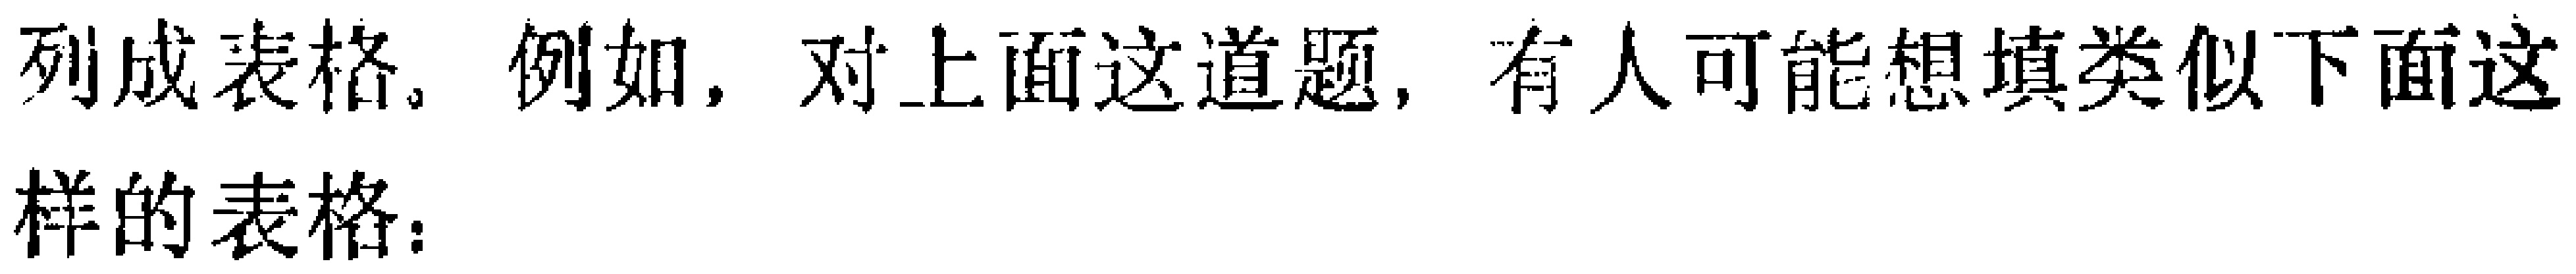
列成表格。例如，对上面这道题，有人可能想填类似下面这样的表格：